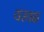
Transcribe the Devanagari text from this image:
यरवळ